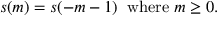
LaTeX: s ( m ) = s ( - m - 1 ) \; \; \mathrm { w h e r e } \; m \geq 0 .